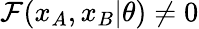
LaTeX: \mathcal{F}(x_{A},x_{B}\vert\theta)\neq 0